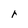
Character: r